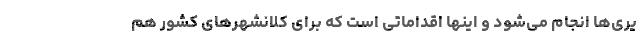
یری‌ها انجام می‌شود و اینها اقداماتی است که برای کلانشهرهای کشور هم